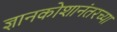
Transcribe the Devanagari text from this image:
ज्ञानकोशानंतरच्या